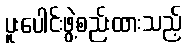
ပူးပေါင်းဖွဲ့စည်းထားသည့်